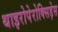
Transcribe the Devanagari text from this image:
थाइरोपेरोक्सिड़ेस